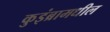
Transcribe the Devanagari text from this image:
कुइंब्रामधील